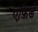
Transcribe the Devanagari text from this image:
एफ़िर्ड